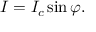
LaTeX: I = I _ { c } \sin \varphi .